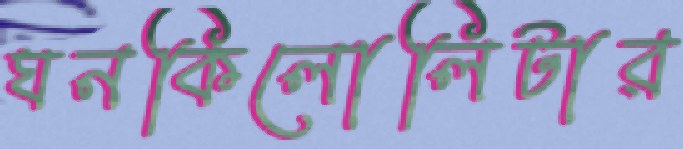
ঘনকিলোলিটার